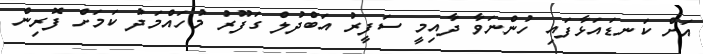
އަށް ކަނޑައަޅާފައި ހުންނަވާ ދާއިމީ ސަފީރު އަބްދުލް ގަފޫރު މުހައްމަދު ކަމަށް ފޮރިން